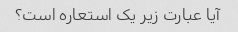
آیا عبارت زیر یک استعاره است؟